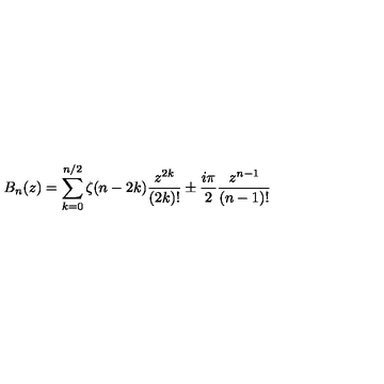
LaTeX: B _ { n } ( z ) = \sum _ { k = 0 } ^ { n / 2 } \zeta ( n - 2 k ) \frac { z ^ { 2 k } } { ( 2 k ) ! } \pm \frac { i \pi } { 2 } \frac { z ^ { n - 1 } } { ( n - 1 ) ! }